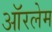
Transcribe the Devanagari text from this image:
ऑरलेम